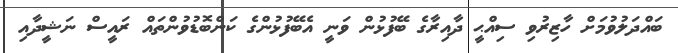
ބައްދަލުވުމަށް ހާޒިރުވި ސިއްޙީ ދާއިރާގެ ބޭފުޅުން ވަނީ އެބޭފުޅުންގެ ކަންބޮޑުވުންތައް ރައީސް ނަޝީދާއި